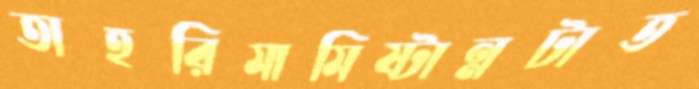
তাহরিমামিষ্টান্নটাত